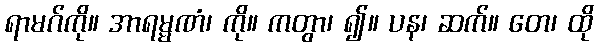
ရာမဂ်ကို။ အာရမ္မဏံ၊ ကို။ ကတွာ၊ ၍။ ပန၊ ဆက်။ တေ၊ ထို